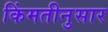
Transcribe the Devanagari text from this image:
किंमतीनुसार